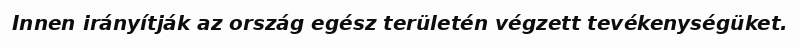
Innen irányítják az ország egész területén végzett tevékenységüket.